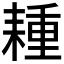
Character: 𦔉